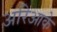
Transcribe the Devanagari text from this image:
अरिआके